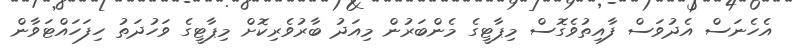
އެހެނަސް އެދުވަސް ފާއިތުވެގޮސް މިޕާޓީގެ މެންބަރުން މިއަދު ބާރުވެރިކޮށް މިޕާޓީގެ ވަހުދަތު ހިފަހައްޓަވާން